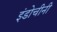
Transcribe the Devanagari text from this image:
इंडोचीनी